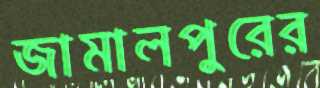
জামালপুরের